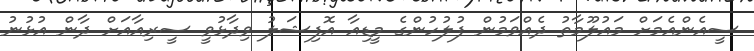
ސީއެންއެމަށް މައުލޫމާތު ދެއްވަމުން ފުލުހުންގެ މީޑިއާ އޮފިޝަލު ވިދާޅުވީ ސީރިއާއަށް ދާން އުޅުނު